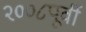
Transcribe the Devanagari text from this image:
२००८पूर्वी